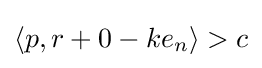
\langle p,r+0-ke_{n}\rangle >c